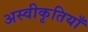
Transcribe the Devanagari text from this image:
अस्वीकृतियाँ